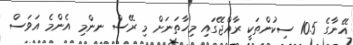
އޭނާގެ 10.5 ސިކުންތަކީ ރާއްޖޭގައި މިހާތަނަށް މި ރޭސް ނންމި އެންމެ އަވަސް